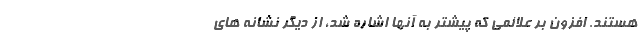
هستند. افزون بر علائمی که پیشتر به آنها اشاره شد، از دیگر نشانه های